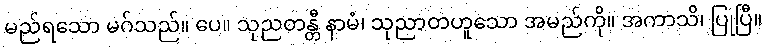
မည်ရသော မဂ်သည်။ ပေ။ သုညတန္တီ နာမံ၊ သုညာတဟူသော အမည်ကို။ အကာသိ၊ ပြုပြီ။